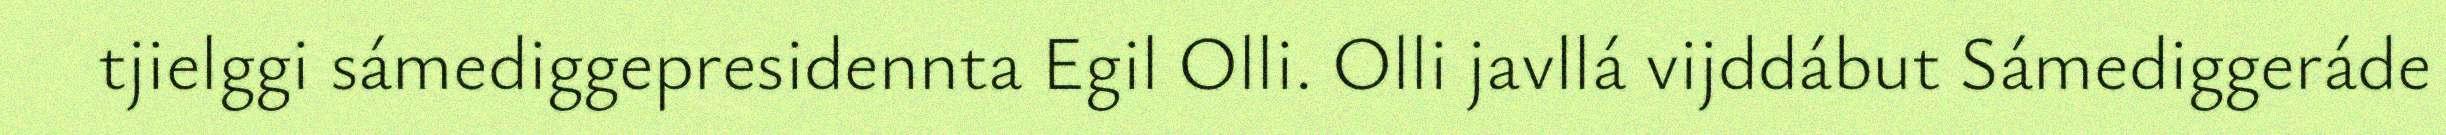
tjielggi sámediggepresidennta Egil Olli. Olli javllá vijddábut Sámediggeráde